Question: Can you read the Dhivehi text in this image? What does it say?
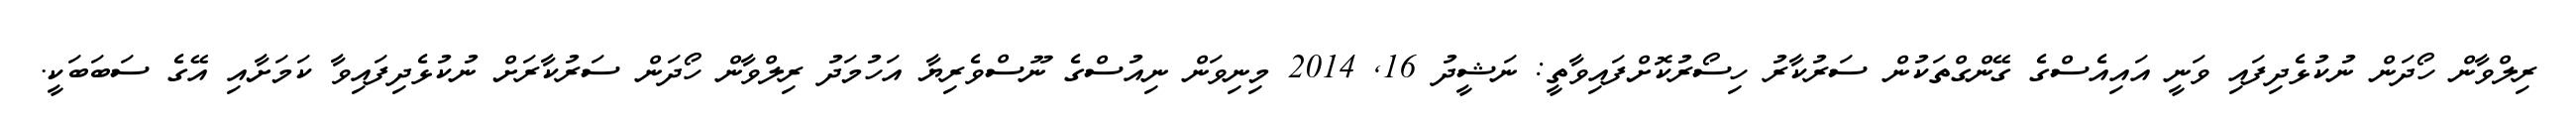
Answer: ރިލްވާން ހޯދަން ނުކުޅެދިފައި ވަނީ އައިއެސްގެ ގޭންގްތަކުން ސަރުކާރު ހިސޯރުކޮށްފައިވާތީ: ނަޝީދު 16, 2014 މިނިވަން ނިއުސްގެ ނޫސްވެރިޔާ އަހުމަދު ރިލްވާން ހޯދަން ސަރުކާރަށް ނުކުޅެދިފައިވާ ކަމަށާއި އޭގެ ސަބަބަކީ.